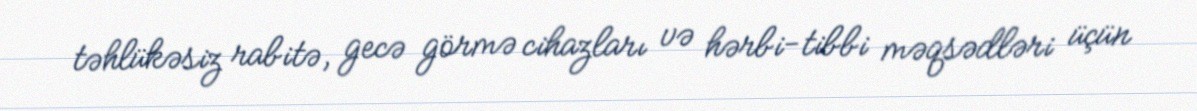
təhlükəsiz rabitə, gecə görmə cihazları və hərbi-tibbi məqsədləri üçün